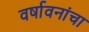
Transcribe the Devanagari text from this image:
वर्षावनांचा